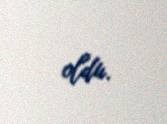
oldu.